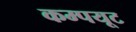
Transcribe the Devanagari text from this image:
कम्पयूट